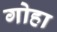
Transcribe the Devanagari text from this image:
गोहा